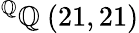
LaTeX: ^{\mathbb{Q}}\mathbb{Q}\ (21,21)